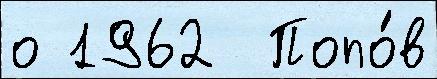
о 1962  Попо́в